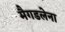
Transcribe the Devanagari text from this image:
मैगडलेना